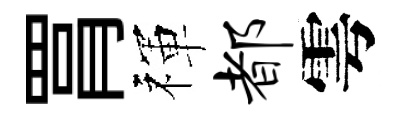
罥禈都雩